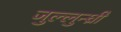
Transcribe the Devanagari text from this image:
जुल्लुन्ध्री